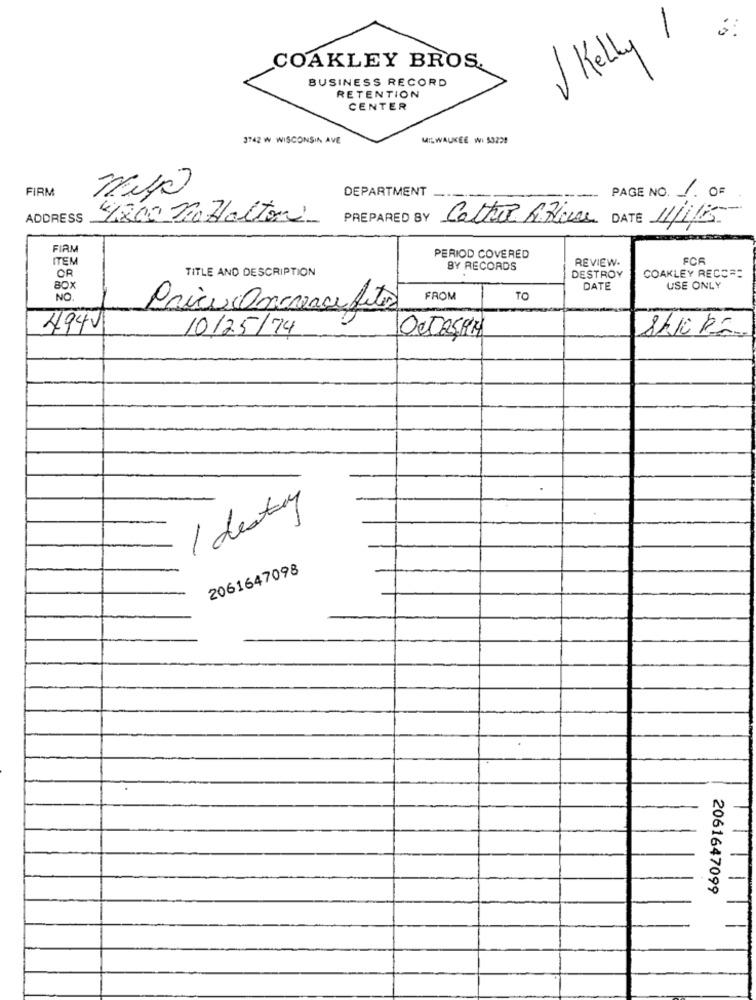
Kelly 1
COAKLEY BROS.
BUSINESS RECORD
RETENTION
CENTER
3742 W WISCONSIN AVE
MILWAUKEE WI 53228
FIRM
DEPARTMENT
PAGE NO. 1. OF
ADDRESS
4800 noHalton
PREPARED BY Cattur A Bien
1/1/5
FIRM
ITEM
PERIOD COVERED
REVIEW.
FCF
TITLE AND DESCRIPTION
BY RECORDS
DESTROY
OR
COAKLEY RECO ==
BOX
DATE
USE ONLY
NO.
FROM
TO
Price Onavace Litos
494V
10/25/74
1 destroy
2061647098
2061647099